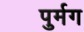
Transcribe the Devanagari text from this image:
पुर्मग